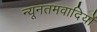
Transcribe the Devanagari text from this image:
न्यूनतमवादियों